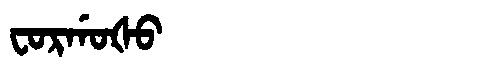
Manchu: ᠸᠣᡵᡤᠣᡧᠣ
Romanization: FORGOŠO